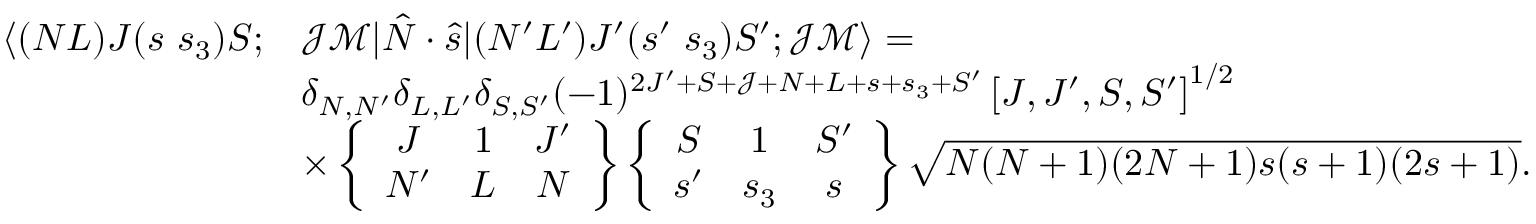
\begin{array} { r l } { \langle ( N L ) J ( s ~ s _ { 3 } ) S ; } & { \mathcal { J } \mathcal { M } | \hat { N } \cdot \hat { s } | ( N ^ { \prime } L ^ { \prime } ) J ^ { \prime } ( s ^ { \prime } ~ s _ { 3 } ) S ^ { \prime } ; \mathcal { J } \mathcal { M } \rangle = } \\ & { \delta _ { N , N ^ { \prime } } \delta _ { L , L ^ { \prime } } \delta _ { S , S ^ { \prime } } ( - 1 ) ^ { 2 J ^ { \prime } + S + \mathcal { J } + N + L + s + s _ { 3 } + S ^ { \prime } } \left[ J , J ^ { \prime } , S , S ^ { \prime } \right] ^ { 1 / 2 } } \\ & { \times \left\{ \begin{array} { c c c } { J } & { 1 } & { J ^ { \prime } } \\ { N ^ { \prime } } & { L } & { N } \end{array} \right\} \left\{ \begin{array} { c c c } { S } & { 1 } & { S ^ { \prime } } \\ { s ^ { \prime } } & { s _ { 3 } } & { s } \end{array} \right\} \sqrt { N ( N + 1 ) ( 2 N + 1 ) s ( s + 1 ) ( 2 s + 1 ) } . } \end{array}